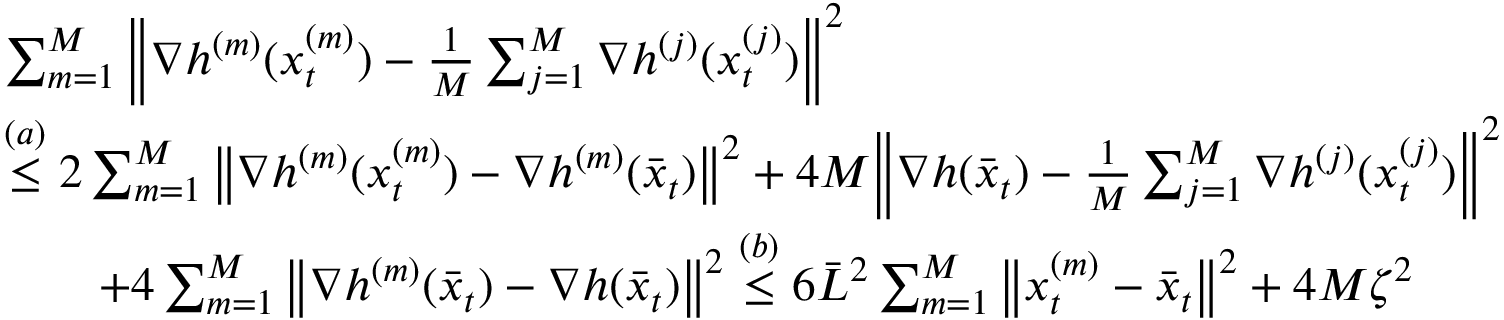
\begin{array} { r l } & { \sum _ { m = 1 } ^ { M } \bigg \| \nabla h ^ { ( m ) } ( x _ { t } ^ { ( m ) } ) - \frac { 1 } { M } \sum _ { j = 1 } ^ { M } \nabla h ^ { ( j ) } ( x _ { t } ^ { ( j ) } ) \bigg \| ^ { 2 } } \\ & { \overset { ( a ) } { \leq } 2 \sum _ { m = 1 } ^ { M } \big \| \nabla h ^ { ( m ) } ( x _ { t } ^ { ( m ) } ) - \nabla h ^ { ( m ) } ( \bar { x } _ { t } ) \big \| ^ { 2 } + 4 M \bigg \| \nabla h ( \bar { x } _ { t } ) - \frac { 1 } { M } \sum _ { j = 1 } ^ { M } \nabla h ^ { ( j ) } ( x _ { t } ^ { ( j ) } ) \bigg \| ^ { 2 } } \\ & { \qquad + 4 \sum _ { m = 1 } ^ { M } \big \| \nabla h ^ { ( m ) } ( \bar { x } _ { t } ) - \nabla h ( \bar { x } _ { t } ) \big \| ^ { 2 } \overset { ( b ) } { \leq } 6 \bar { L } ^ { 2 } \sum _ { m = 1 } ^ { M } \big \| x _ { t } ^ { ( m ) } - \bar { x } _ { t } \big \| ^ { 2 } + 4 M \zeta ^ { 2 } } \end{array}